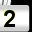
Digit: 2